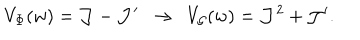
LaTeX: V _ { \Phi } ( w ) = { \cal J } - { \cal J } ^ { \prime } \, \, \, \rightarrow \, \, \, V _ { { \cal G } } ( w ) = { \cal J } ^ { 2 } + { \cal J } ^ { \prime } .